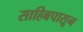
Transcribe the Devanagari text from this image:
साहिबपासून